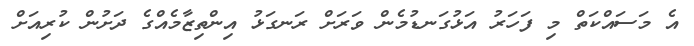
އެ މަސައްކަތް މި ފަހަރު އަޅުގަނޑުމެން ވަރަށް ރަނގަޅު އިންތިޒާމެއްގެ ދަށުން ކުރިއަށް